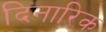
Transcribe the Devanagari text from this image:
दिनारिक